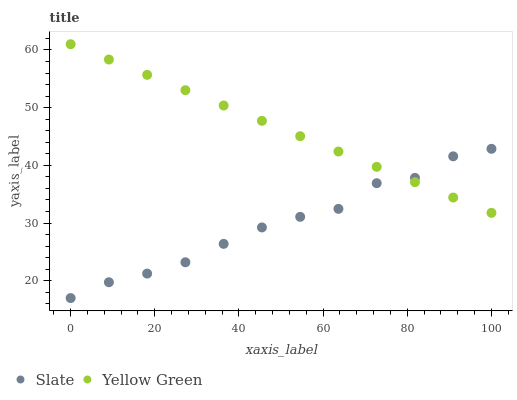
| xaxis_label | Slate | Yellow Green |
 | --- | --- | --- |
 | 0 | 17 | 61 |
 | 9.09 | 19.7 | 58.3 |
 | 18.2 | 21.2 | 55.7 |
 | 27.3 | 23.2 | 53 |
 | 36.4 | 26.4 | 50.4 |
 | 45.5 | 29.2 | 47.7 |
 | 54.5 | 31.1 | 45.1 |
 | 63.6 | 32.5 | 42.4 |
 | 72.7 | 36.9 | 39.7 |
 | 81.8 | 37.8 | 37.1 |
 | 90.9 | 41.6 | 34.4 |
 | 100 | 42.9 | 31.8 |